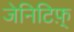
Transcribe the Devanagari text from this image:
जेनिटिफ़्